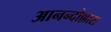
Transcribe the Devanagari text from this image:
आनन्दोल्लास